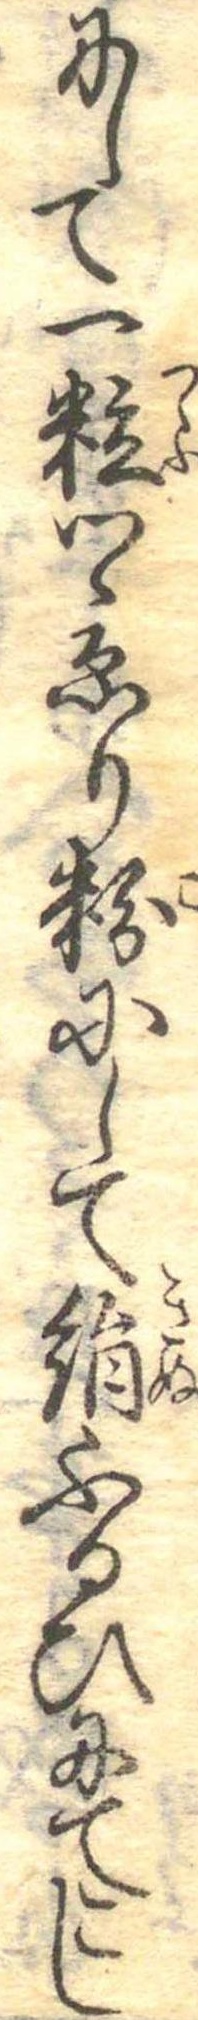
にして一粒つゝゑり粉にして絹ふるひにてこし